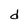
Character: d